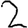
Digit: 2